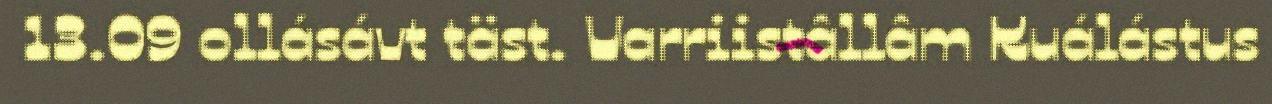
13.09 ollásávt täst. Varriistâllâm Kuálástus